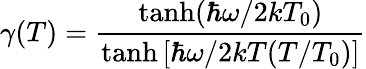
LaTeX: \gamma(T)=\frac{\operatorname{tanh}(\hbar\omega/2kT_{0})}{\operatorname{tanh}\left[\hbar\omega/2kT(T/T_{0})\right]}